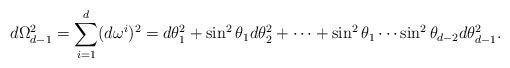
LaTeX: \begin{align*}d \Omega_{d-1}^2 = \sum_{i=1}^d (d\omega^i)^2= d \theta_1^2 + \sin^2 \theta_1 d \theta_2^2 + \cdots +\sin^2 \theta_1 \cdots \sin^2 \theta_{d-2} d \theta_{d-1}^2.\end{align*}